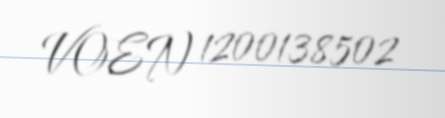
VOEN 1200138502